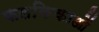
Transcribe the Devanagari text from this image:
फलकिकाओं